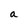
Character: a